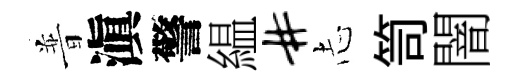
普滇警緼#𢖽笥闇